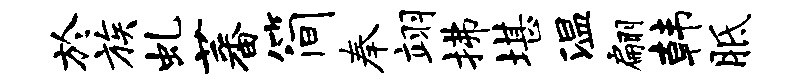
於族虬蕃简奉翊拂堪温翩韩胝